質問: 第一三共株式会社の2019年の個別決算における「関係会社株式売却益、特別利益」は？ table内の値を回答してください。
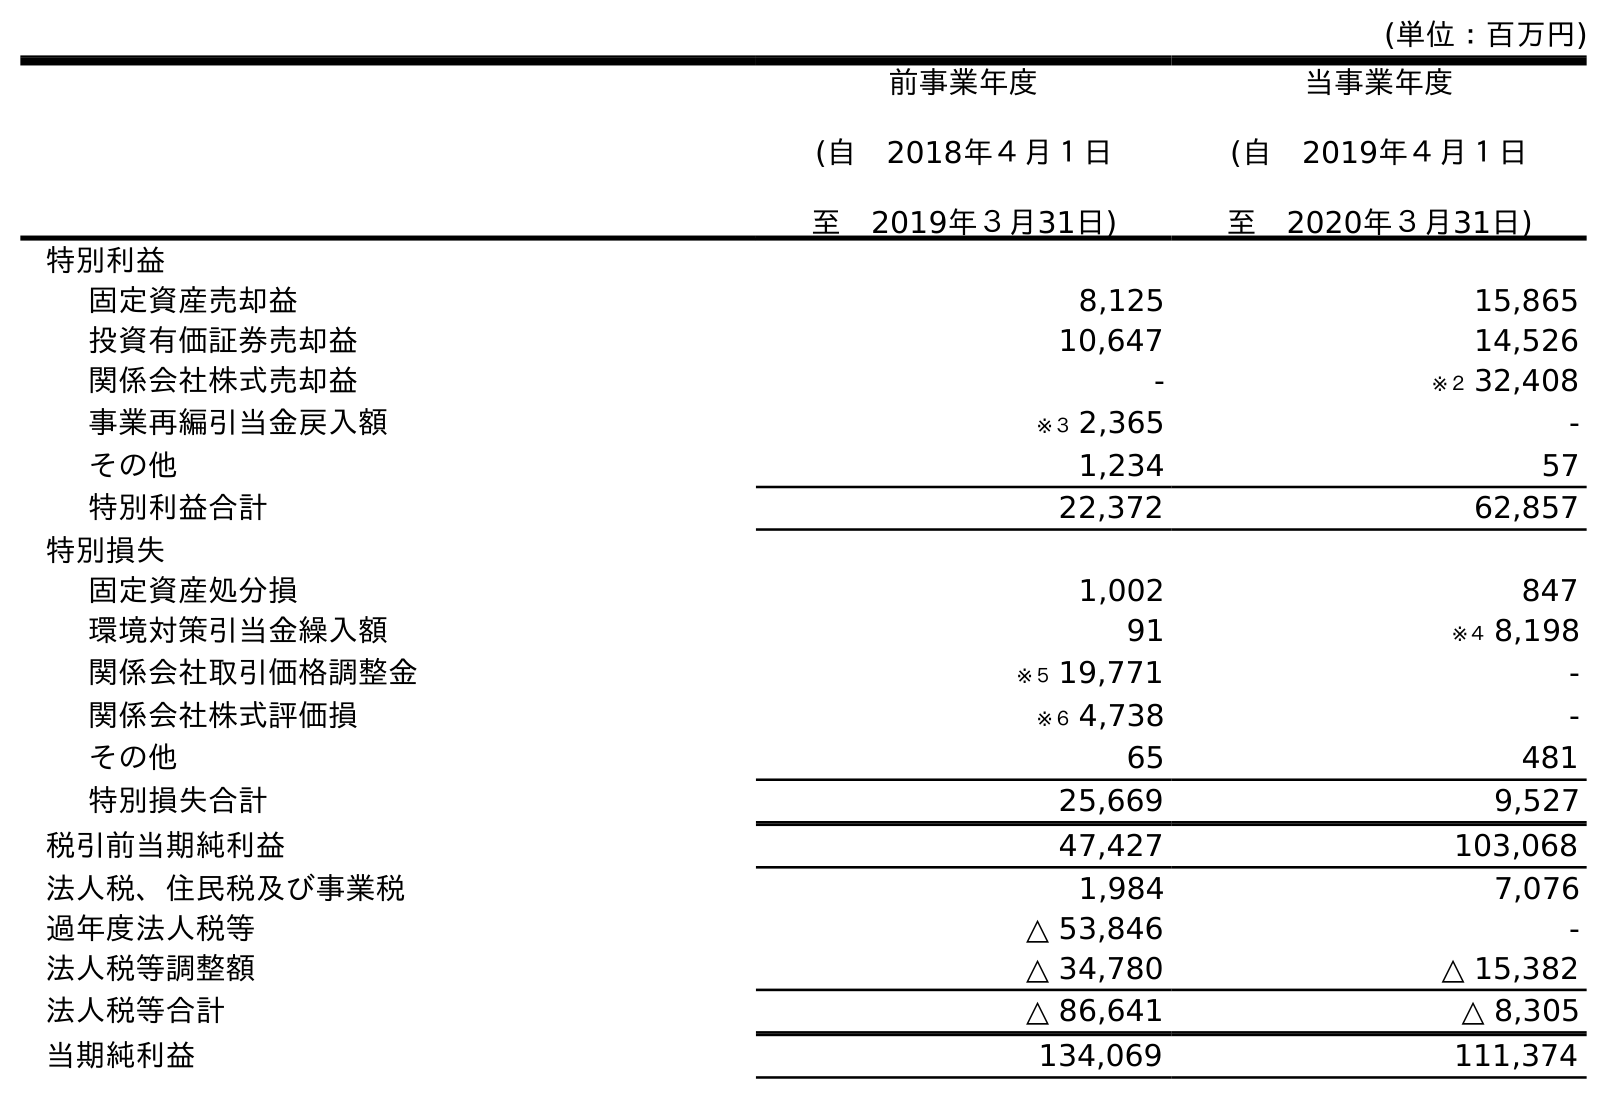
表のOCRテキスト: (単位：百万円) 前事業年度 (自 2018年４月１日 至 2019年３月31日) 当事業年度 (自 2019年４月１日 至 2020年３月31日) 特別利益 固定資産売却益 8,125 15,865 投資有価証券売却益 10,647 14,526 関係会社株式売却益 - ※２ 32,408 事業再編引当金戻入額 ※３ 2,365 - その他 1,234 57 特別利益合計 22,372 62,857 特別損失 固定資産処分損 1,002 847 環境対策引当金繰入額 91 ※４ 8,198 関係会社取引価格調整金 ※５ 19,771 - 関係会社株式評価損 ※６ 4,738 - その他 65 481 特別損失合計 25,669 9,527 税引前当期純利益 47,427 103,068 法人税、住民税及び事業税 1,984 7,076 過年度法人税等 △ 53,846 - 法人税等調整額 △ 34,780 △ 15,382 法人税等合計 △ 86,641 △ 8,305 当期純利益 134,069 111,374
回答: -